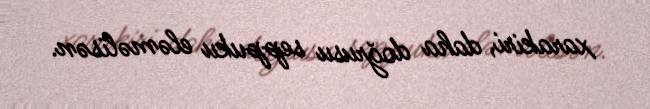
xarakiri, daha doğrusu seppuku eləməlisən.